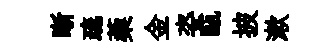
晰疏蔾金姿甌披漱